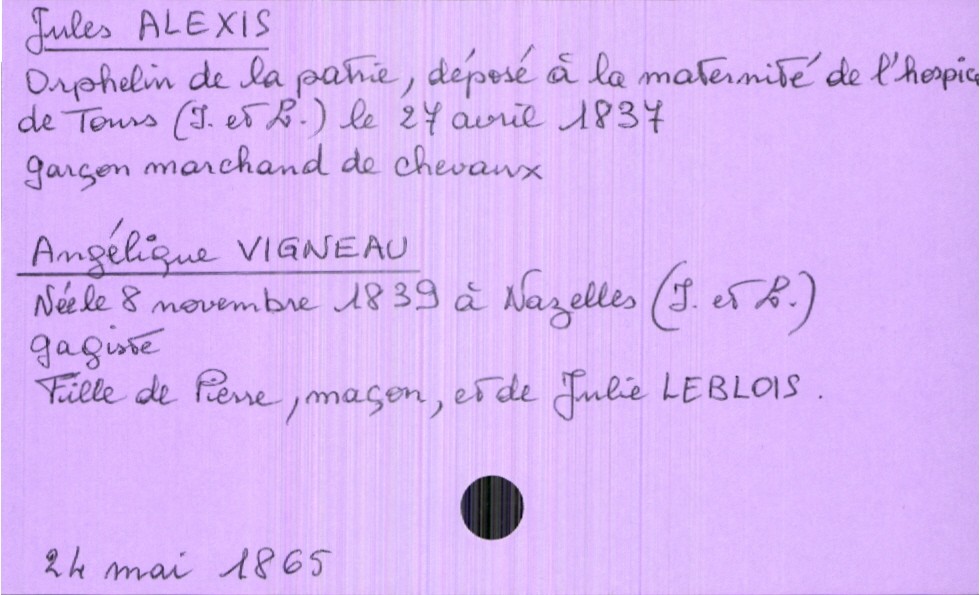
type_acte: Mariage
année: 1865
mois: mai
jour: 24
observations: Marié : parent inconnu : Orphelin de la patrie, déposé à la maternité de l'hospice de Tours
marié_nom: Alexis
marié_prénom: Jules
marié_profession: garçon marchand de chevaux
marié_date_de_naissance: 27 avril 1837
marié_lieu_de_naissance: Tours (Indre et Loire)
mariée_nom: Vigneau
mariée_prénom: Angélique
mariée_profession: gagiste
mariée_date_de_naissance: 8 novembre 1839
mariée_lieu_de_naissance: Nazelles (Indre et Loire)
père_mariée_nom: Vigneau
père_mariée_prénom: Pierre
père_mariée_profession: maçon
mère_mariée_nom: Leblois
mère_mariée_prénom: Julie